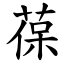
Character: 葆